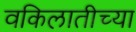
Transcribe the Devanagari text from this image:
वकिलातीच्या